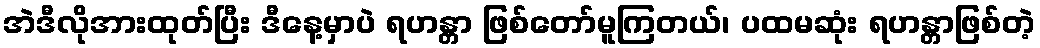
အဲဒီလိုအားထုတ်ပြီး ဒီနေ့မှာပဲ ရဟန္တာ ဖြစ်တော်မူကြတယ်၊ ပထမဆုံး ရဟန္တာဖြစ်တဲ့